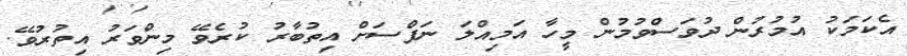
އެކަމަކު އުމުރުން ދުވަސްވުމުން މީހާ އަމިއްލަ ނަފްސަށް އިތުބާރު ކުރެވޭ މިންވަރު އިތުރުވޭ.